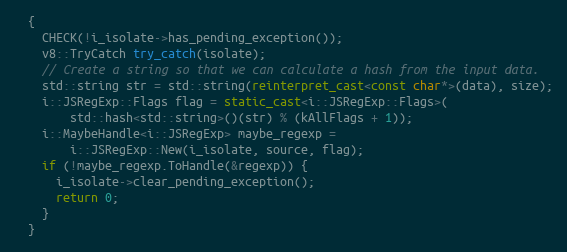
Language: C++
  {
    CHECK(!i_isolate->has_pending_exception());
    v8::TryCatch try_catch(isolate);
    // Create a string so that we can calculate a hash from the input data.
    std::string str = std::string(reinterpret_cast<const char*>(data), size);
    i::JSRegExp::Flags flag = static_cast<i::JSRegExp::Flags>(
        std::hash<std::string>()(str) % (kAllFlags + 1));
    i::MaybeHandle<i::JSRegExp> maybe_regexp =
        i::JSRegExp::New(i_isolate, source, flag);
    if (!maybe_regexp.ToHandle(&regexp)) {
      i_isolate->clear_pending_exception();
      return 0;
    }
  }